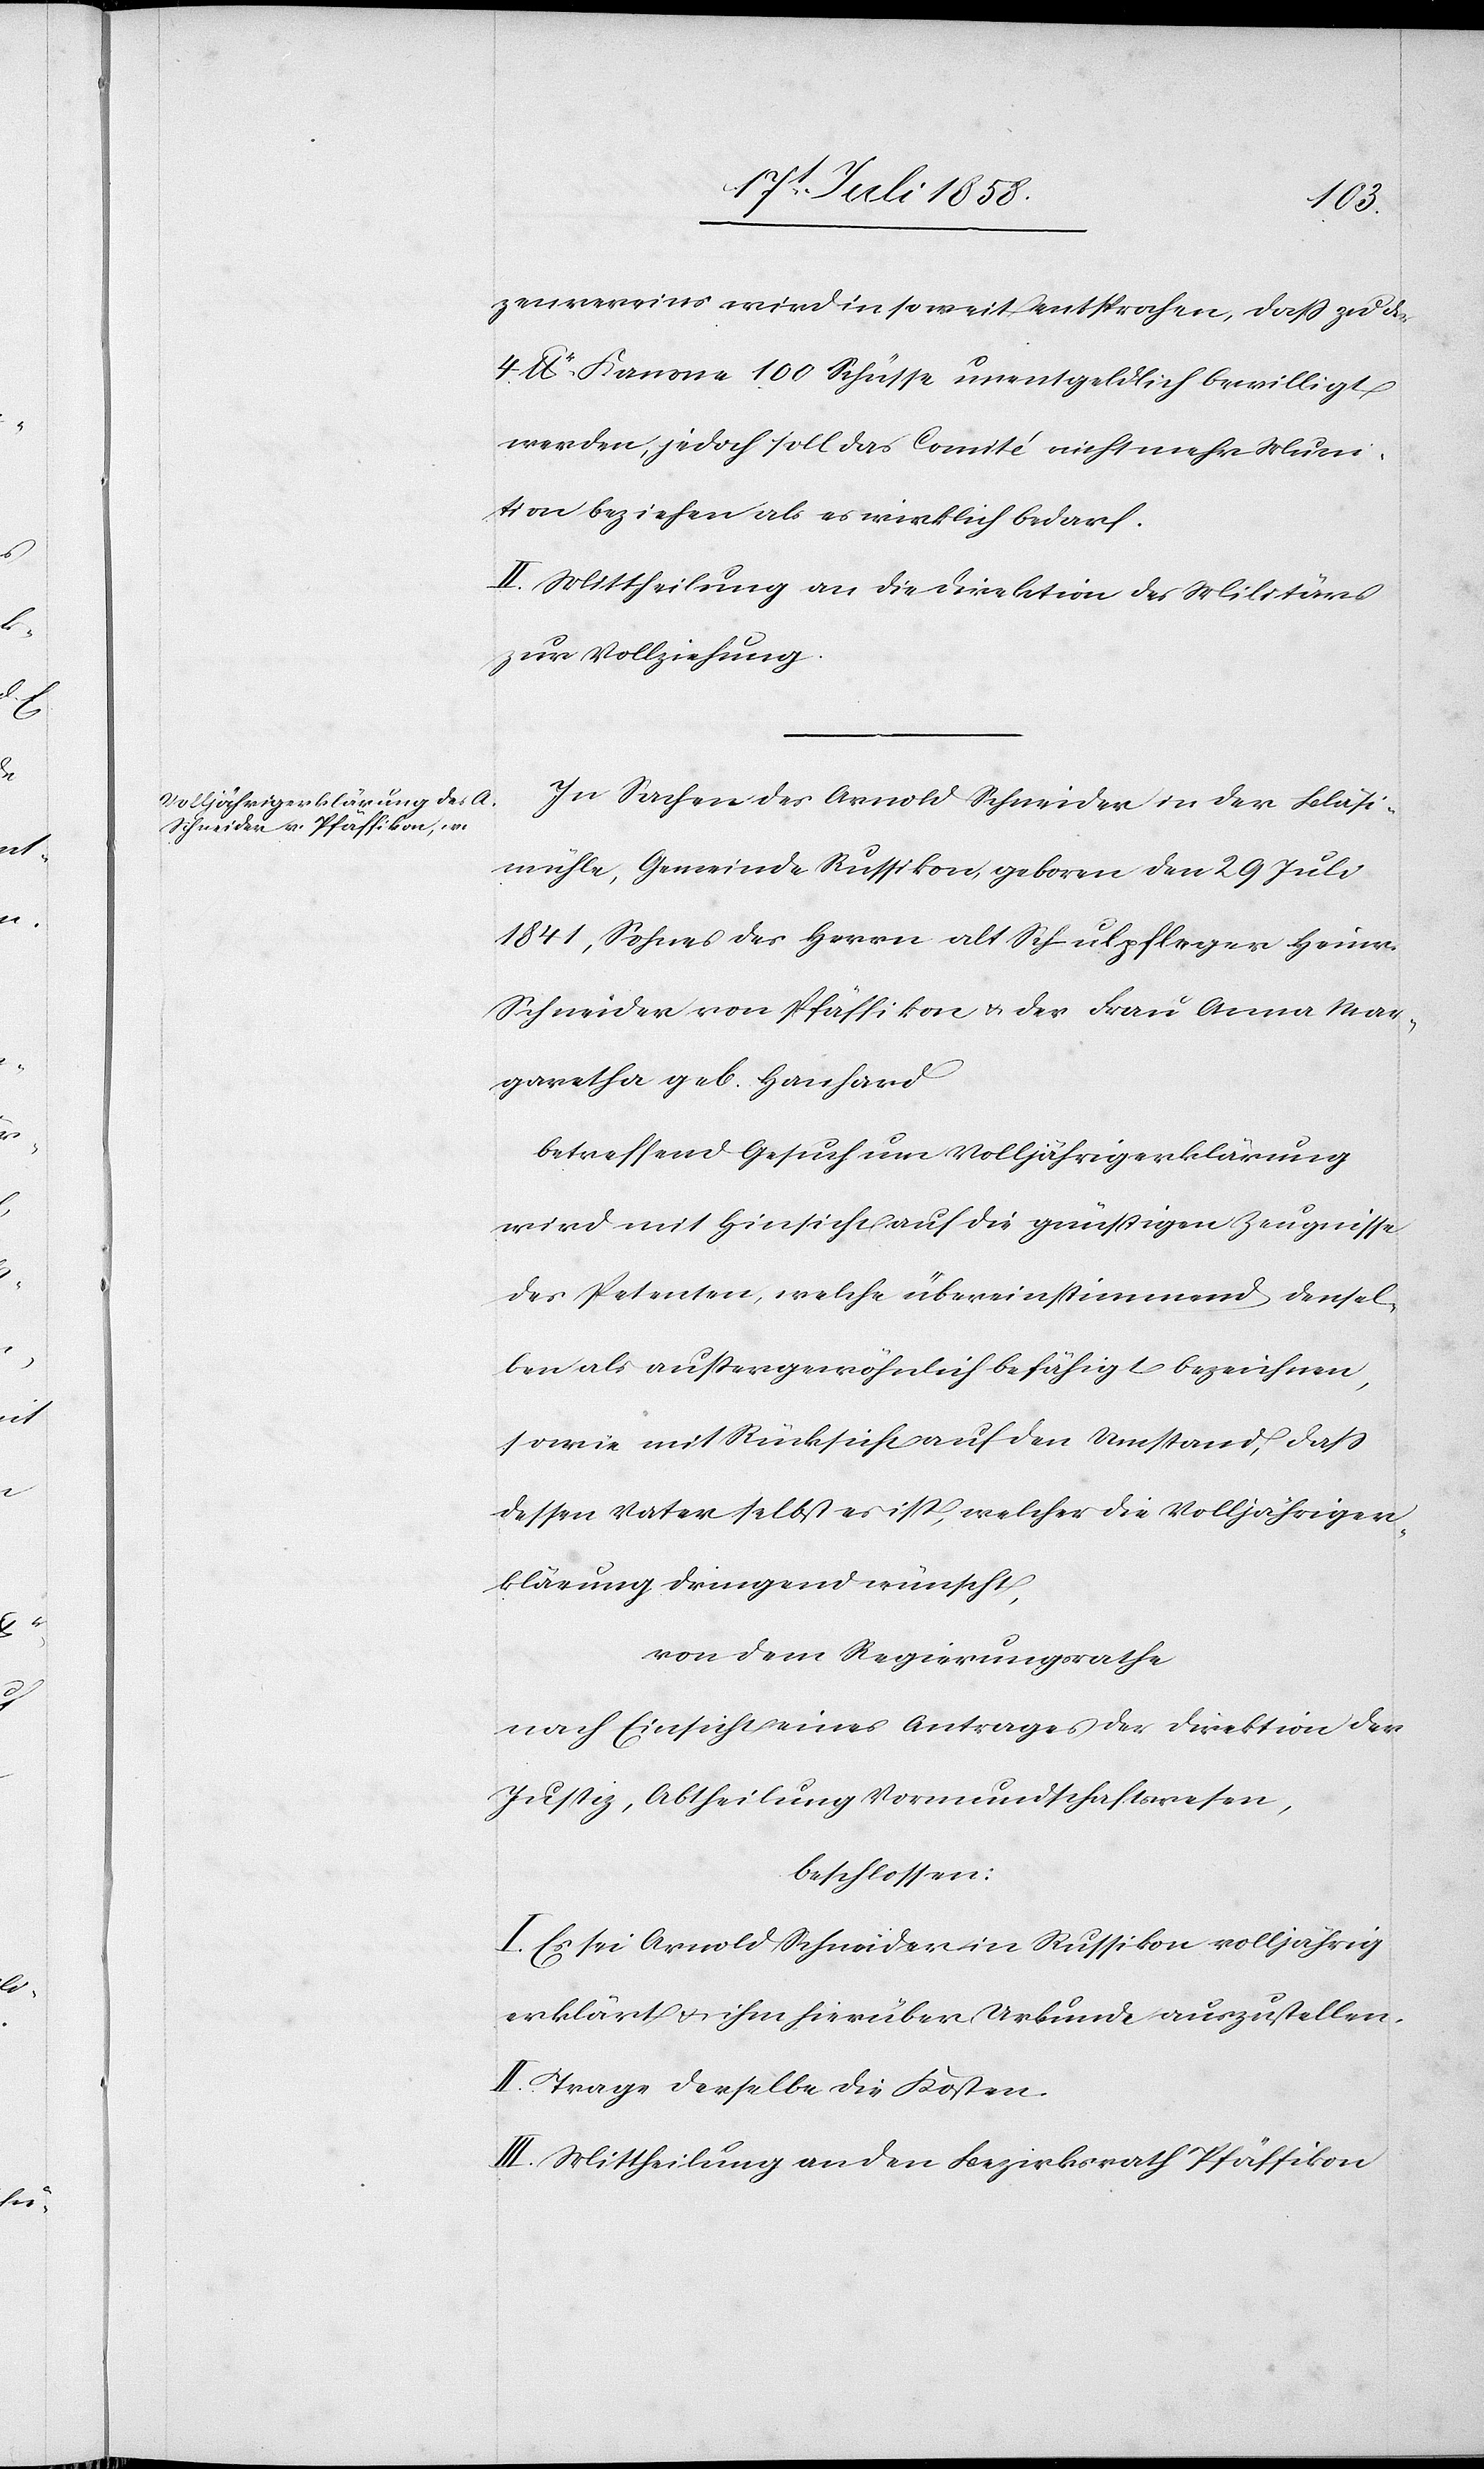
[t]zenvereins wird insoweit entsprochen, dass zu der
4 lbr. Kanone 100 Schüsse unentgeldlich bewilligt
werden, jedoch soll das Comité nicht mehr Muni¬
tion beziehen als es wirklich bedarf.
II. Mittheilung an die Direktion des Militärs
zur Vollziehung.
In Sachen des Arnold Schneider in der Bläsi¬
mühle, Gemeinde Russikon, geboren den 29 Juli
1841, Sohnes des Herrn alt Schulpfleger Heinr.
Schneider von Pfäffikon & der Frau Anna Mar¬
garetha geb. Hanhard
betreffend Gesuch um Volljährigerklärung
wird mit Hinsicht auf die günstigen Zeugnisse
des Petenten, welche übereinstimmend densel¬
ben als aussergewöhnlich befähigt bezeichnen,
sowie mit Rücksicht auf den Umstand, dass
dessen Vater selbst es ist, welcher die Volljähriger¬
klärung dringend wünscht,
von dem Regierungsrathe
nach Einsicht eines Antrages der Direktion der
Justiz, Abtheilung Vormundschaftswesen,
beschlossen:
I. Es sei Arnold Schneider in Russikon volljährig
erklärt & ihm hierüber Urkunde auszustellen.
II. Trage derselbe die Kosten.
III. Mittheilung an den Bezirksrath Pfäffikon